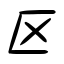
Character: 区